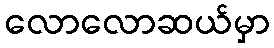
လောလောဆယ်မှာ